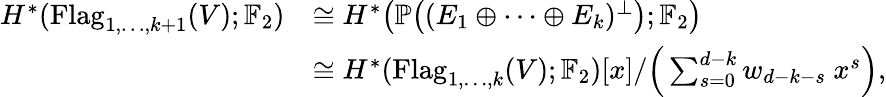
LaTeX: \begin{array}{rl}{H^{*}(\operatorname{Flag}_{1,\dots,k+1}(V);\mathbb{F}_{2})}&{\cong H^{*}\big(\mathbb{P}\big((E_{1}\oplus\cdots\oplus E_{k})^{\perp}\big);\mathbb{F}_{2}\big)}\\ &{\cong H^{*}(\operatorname{Flag}_{1,\dots,k}(V);\mathbb{F}_{2})[x]/\Big(\sum_{s=0}^{d-k}w_{d-k-s}\ x^{s}\Big),}\end{array}